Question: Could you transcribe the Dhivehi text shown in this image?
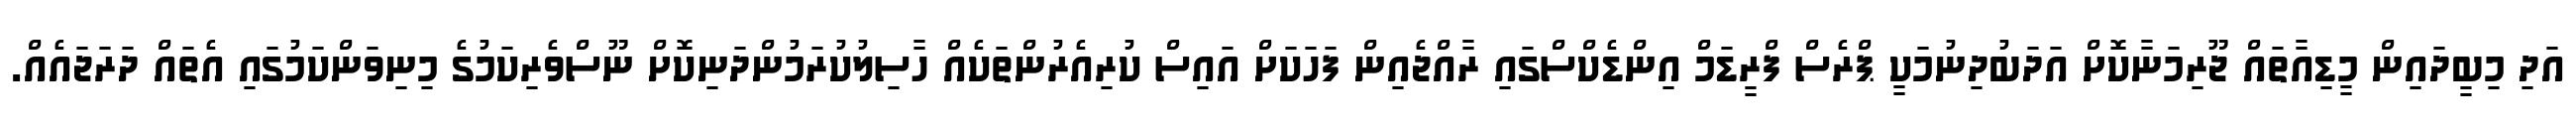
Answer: އަދި މިބީދައިން މީޑިއާތައް ޖޫރިމަނާކޮށް އަދަބުދިނުމަކީ ޕްރެސް ފްރީޑަމް އިންޑެކްސްގައި ރާއްޖެއިން ފަހަކަށް އައިސް ކުރިއެރުންތަކެއް ހާސިލުކުރަމުންދަނިކޮށް ނޫސްވެރިކަމުގެ މިނިވަންކަމުގައި އެތައް ދަރަޖައެއް.